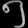
Digit: ၅